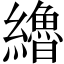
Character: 𰫷